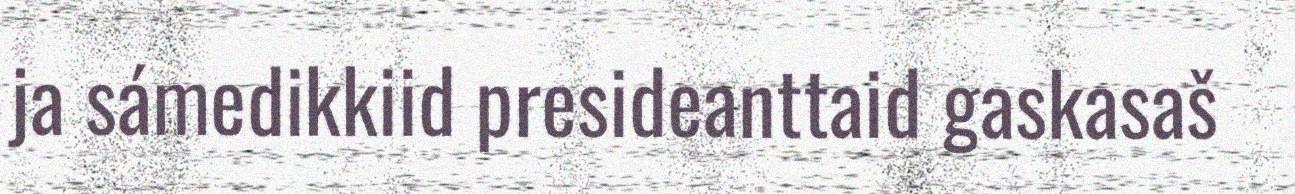
ja sámedikkiid presideanttaid gaskasaš